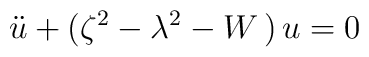
\ddot{u}+(\zeta ^{2}-\lambda ^{2}-W\,)\,u=0